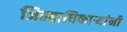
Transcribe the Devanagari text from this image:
जिल्हाधिकाऱ्यांनी